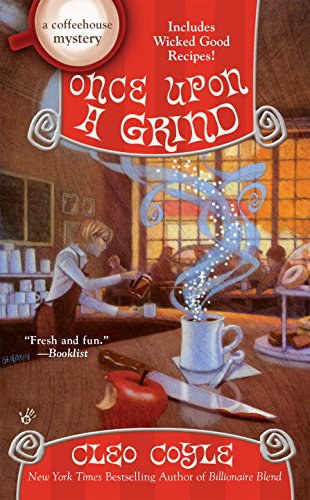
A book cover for Once Upon a Grind (A Coffeehouse Mystery); Cleo Coyle; Mystery, Thriller & Suspense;